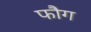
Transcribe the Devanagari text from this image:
फौग